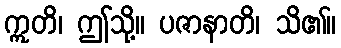
ဣတိ၊ ဤသို့။ ပဇာနာတိ၊ သိ၏။